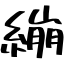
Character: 繃